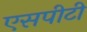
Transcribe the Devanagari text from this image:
एसपीटी